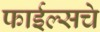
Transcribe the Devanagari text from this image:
फाईल्सचे